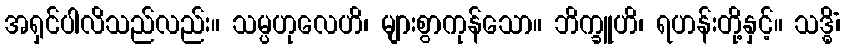
အရှင်ပါလိသည်လည်း။ သမ္ပဟုလေဟိ၊ များစွာကုန်သော။ ဘိက္ခူဟိ၊ ရဟန်းတို့နှင့်။ သဒ္ဓိံ၊